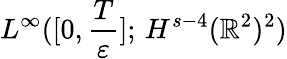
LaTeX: L^{\infty}([0,\frac{T}{\varepsilon}];\, H^{s-4}(\mathbb{R}^{2})^{2})